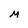
Character: M